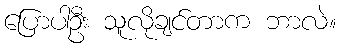
ပြောပါဦး သူလိုချင်တာက ဘာလဲ။